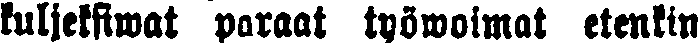
kuljeksiwat paraat työwoimat etenkin